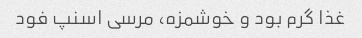
غذا گرم بود و خوشمزه، مرسی اسنپ فود